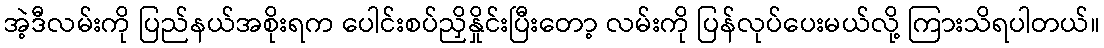
အဲ့ဒီလမ်းကို ပြည်နယ်အစိုးရက ပေါင်းစပ်ညှိနှိုင်းပြီးတော့ လမ်းကို ပြန်လုပ်ပေးမယ်လို့ ကြားသိရပါတယ်။